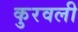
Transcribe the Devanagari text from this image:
कुरवली